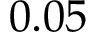
0 . 0 5